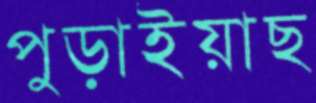
পুড়াইয়াছ